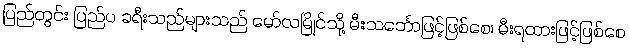
ပြည်တွင်း ပြည်ပ ခရီးသည်များသည် မော်လမြိုင်သို့ မီးသင်္ဘောဖြင့်ဖြစ်စေ၊ မီးရထားဖြင့်ဖြစ်စေ